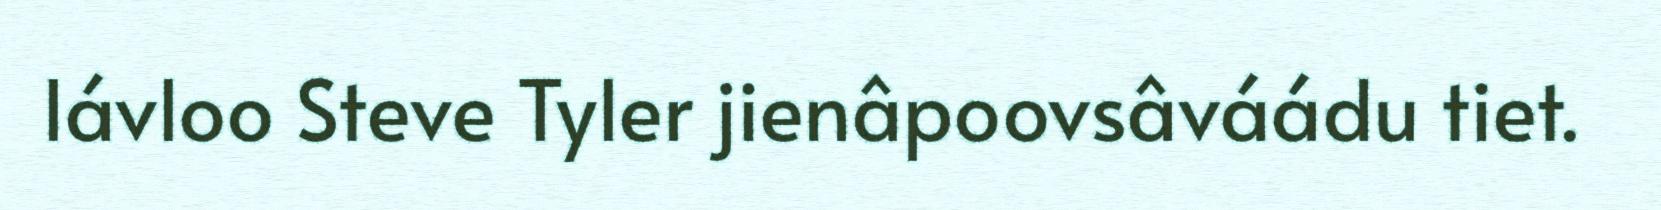
lávloo Steve Tyler jienâpoovsâváádu tiet.